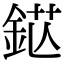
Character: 𨦵